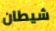
شيطان